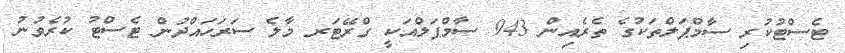
ޓެސްޓުކުރި ސާމްޕަލްތަކުގެ ތެރެއިން 943 ސާމްޕަލްއަކީ ގްރޭޓަރ މާލެ ސަރަހައްދުން ޓެސްޓު ކުރެވުނު